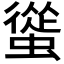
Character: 𧐱